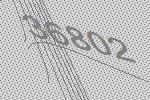
36802